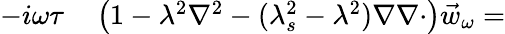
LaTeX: \begin{array}{rl}{-i\omega\tau}&{{}\left(1-\lambda^{2}\nabla^{2}-(\lambda_{s}^{2}-\lambda^{2})\nabla\nabla\cdot\right)\vec{w}_{\omega}=}\end{array}